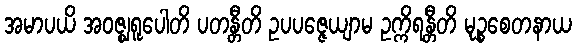
အမာပယိ အဝဇ္ဈရူပေါတိ ပတန္တီတိ ဥပပဇ္ဇေယျာမ ဥက္ကိရန္တီတိ မုဉ္စစေတနာယ